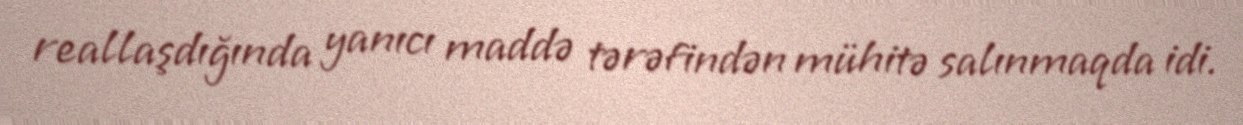
reallaşdığında yanıcı maddə tərəfindən mühitə salınmaqda idi.